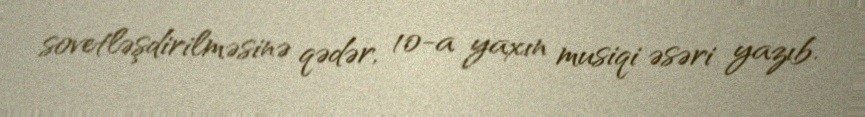
sovetləşdirilməsinə qədər, 10-a yaxın musiqi əsəri yazıb.